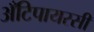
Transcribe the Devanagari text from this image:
अँटिपायरसी